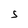
Character: S